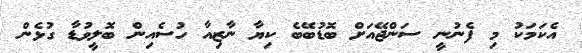
އެކަމަކު މި ފެނުނީ ސަންޖޭއަށް ބޮޑުބޭބެ ކިޔާ ނާޒިއާ ހުސެއިން ބޮލީވުޑާ ގުޅެން